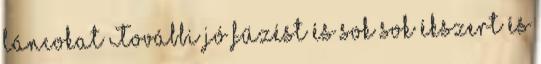
láncokat További jó fűzést és sok sok ékszert és